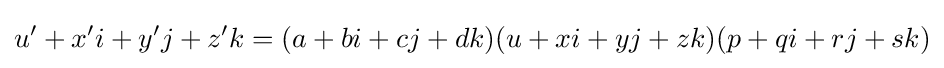
u'+x'i+y'j+z'k=(a+bi+cj+dk)(u+xi+yj+zk)(p+qi+rj+sk)